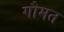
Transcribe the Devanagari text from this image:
गौमत